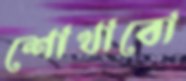
শোখাবো